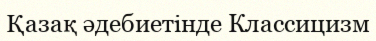
Қазақ әдебиетінде Классицизм